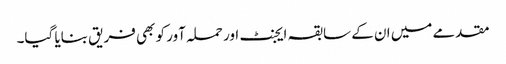
مقدمے میں ان کے سابقہ ایجنٹ اور حملہ آور کو بھی فریق بنایا گیا۔